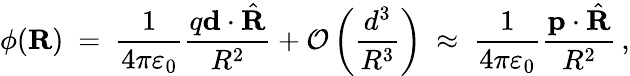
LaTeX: \phi(\mathbf{R})\ =\ {\frac{1}{4\pi\varepsilon_{0}}}{\frac{q\mathbf{d}\cdot{\hat{\mathbf{R}}}}{R^{2}}}+{\mathcal{O}}\left({\frac{d^{3}}{R^{3}}}\right)\ \approx\ {\frac{1}{4\pi\varepsilon_{0}}}{\frac{\mathbf{p}\cdot{\hat{\mathbf{R}}}}{R^{2}}}\, ,